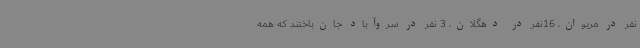
نفر در مریوان، 16نفر در دهگلان، 3 نفر در سروآباد جان‌باختند که همه